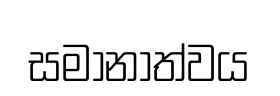
සමානාත්වය